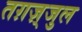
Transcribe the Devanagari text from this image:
तग़ज़्जुल